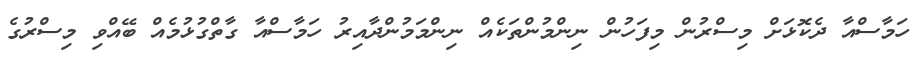
ހަމާސްއާ ދެކޮޅަށް މިސްރުން މިފަހުން ނިންމުންތަކެއް ނިންމަމުންދާއިރު ހަމާސްއާ ގާތްގުޅުމެއް ބޭއްވި މިސްރުގެ